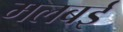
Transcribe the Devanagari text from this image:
मलबई